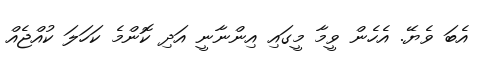
އެބަ ވެޔޭ. އެހެން ވީމާ މީގައި އިންނާނީ އަދި ކޮންމެ ކަހަލަ ކުއްޖެއް